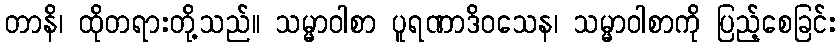
တာနိ၊ ထိုတရားတို့သည်။ သမ္မာဝါစာ ပူရဏာဒိဝသေန၊ သမ္မာဝါစာကို ပြည့်စေခြင်း